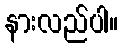
နားလည်ပါ။